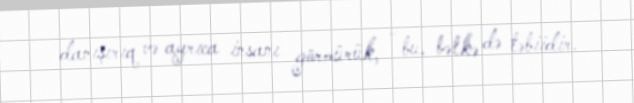
danışırıq və ayrıca insanı görmürük, - bu, bəlkə də təbiidir.